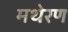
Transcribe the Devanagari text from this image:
मथेरण